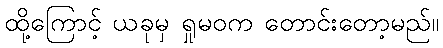
ထို့ကြောင့် ယခုမှ ရှုမဝက တောင်းတော့မည်။